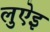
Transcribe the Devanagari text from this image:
लुऐइ